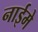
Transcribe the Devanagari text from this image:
नाईमे